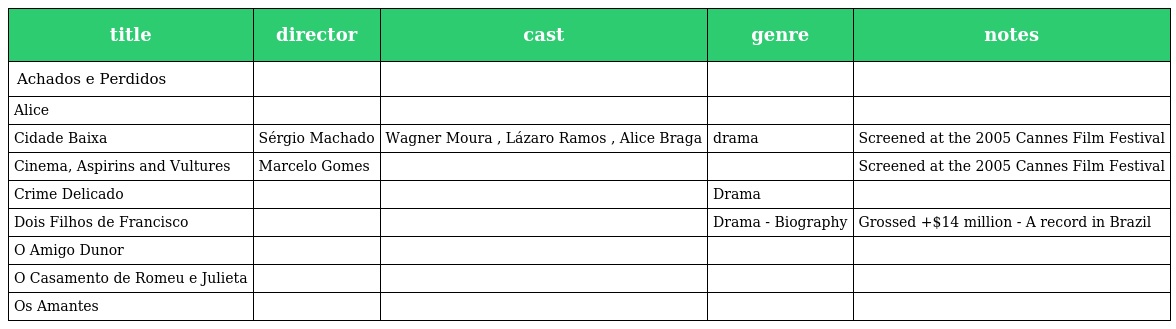
| title | director | cast | genre | notes |
 | --- | --- | --- | --- | --- |
 | Achados e Perdidos |  |  |  |  |
 | Alice |  |  |  |  |
 | Cidade Baixa | Sérgio Machado | Wagner Moura , Lázaro Ramos , Alice Braga | drama | Screened at the 2005 Cannes Film Festival |
 | Cinema, Aspirins and Vultures | Marcelo Gomes |  |  | Screened at the 2005 Cannes Film Festival |
 | Crime Delicado |  |  | Drama |  |
 | Dois Filhos de Francisco |  |  | Drama - Biography | Grossed +$14 million - A record in Brazil |
 | O Amigo Dunor |  |  |  |  |
 | O Casamento de Romeu e Julieta |  |  |  |  |
 | Os Amantes |  |  |  |  |